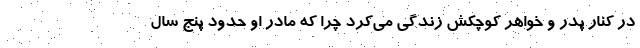
در کنار پدر و خواهر کوچکش زندگی می‌کرد چرا که مادر او حدود پنج سال